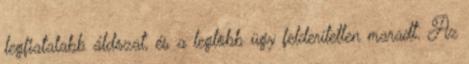
legfiatalabb áldozat, és a legtöbb ügy felderítetlen maradt. Az